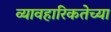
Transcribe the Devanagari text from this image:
व्यावहारिकतेच्या